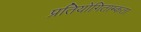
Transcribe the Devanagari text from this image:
प्रतियोगिताम्कता